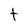
Character: t